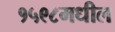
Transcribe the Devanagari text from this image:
१५९८मधील